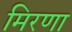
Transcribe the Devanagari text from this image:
मिरणा